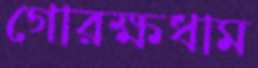
গোরক্ষধাম